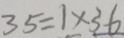
3 5 = 1 \times 3 6